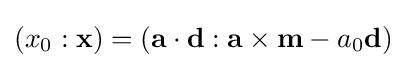
(x_{0}:\mathbf {x} )=(\mathbf {a} \cdot \mathbf {d} :\mathbf {a} \times \mathbf {m} -a_{0}\mathbf {d} )